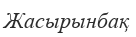
Жасырынбақ